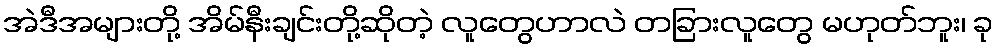
အဲဒီအများတို့ အိမ်နီးချင်းတို့ဆိုတဲ့ လူတွေဟာလဲ တခြားလူတွေ မဟုတ်ဘူး၊ ခု